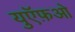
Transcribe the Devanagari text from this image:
युऍफ़ओ